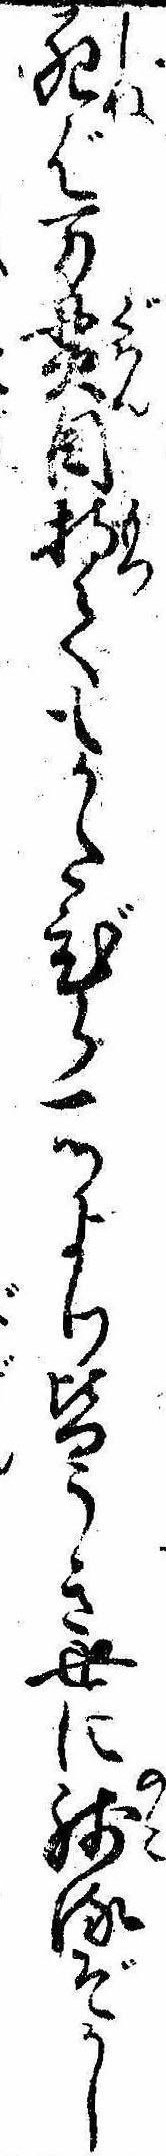
死ば万貫目持てもかたびら一ツより皆うき世に残るぞかし